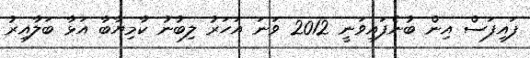
ފައިފަސް އިން ބުނެފައިވަނީ 2012 ވަނަ އަހަރު ލިބުނު ކާމިޔާބާ އަޅާ ބަލާއިރު